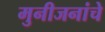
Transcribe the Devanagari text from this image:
मुनीजनांचे